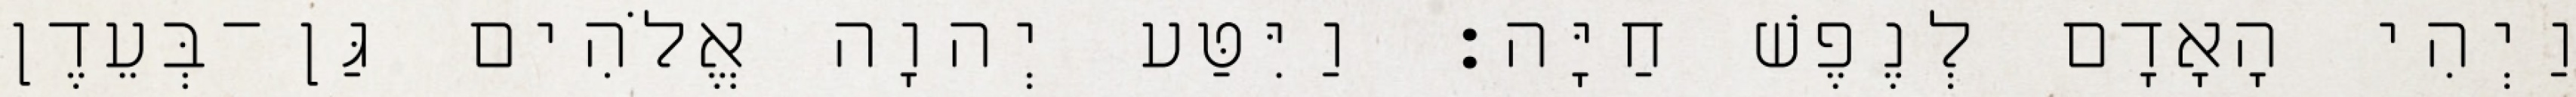
וַיְהִי הָאָדָם לְנֶפֶשׁ חַיָּה׃ וַיִּטַּע יְהוָה אֱלֹהִים גַּן־בְּעֵדֶן